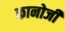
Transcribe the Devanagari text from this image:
कानोजी